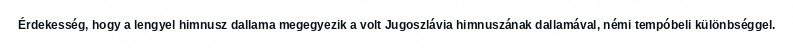
Érdekesség, hogy a lengyel himnusz dallama megegyezik a volt Jugoszlávia himnuszának dallamával, némi tempóbeli különbséggel.